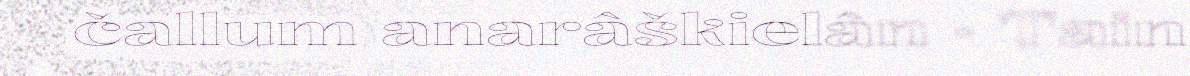
čallum anarâškielân · Tain